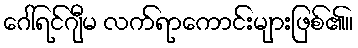
ဂေါ်ရင်ဂျီမ လက်ရာကောင်းများဖြစ်၏။